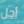
أجل